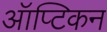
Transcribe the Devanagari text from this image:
ऑप्टिकन